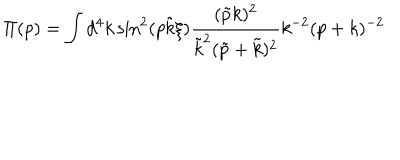
LaTeX: \Pi ( p ) = \int d ^ { 4 } k \sin ^ { 2 } ( p \tilde { k } \xi ) \frac { ( \tilde { p } k ) ^ { 2 } } { \tilde { k } ^ { 2 } ( \tilde { p } + \tilde { k } ) ^ { 2 } } k ^ { - 2 } ( p + k ) ^ { - 2 }